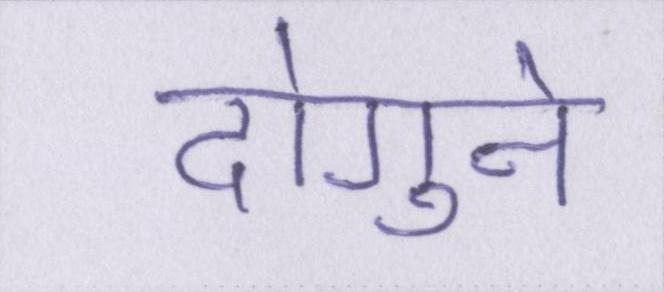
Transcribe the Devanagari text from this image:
दोगुने